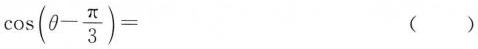
$$cos (\theta - \frac{π}{3}) =$$（）